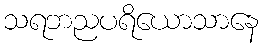
သရဘညပရိယောသာနေ